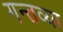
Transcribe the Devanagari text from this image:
गन्तव्या